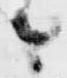
候